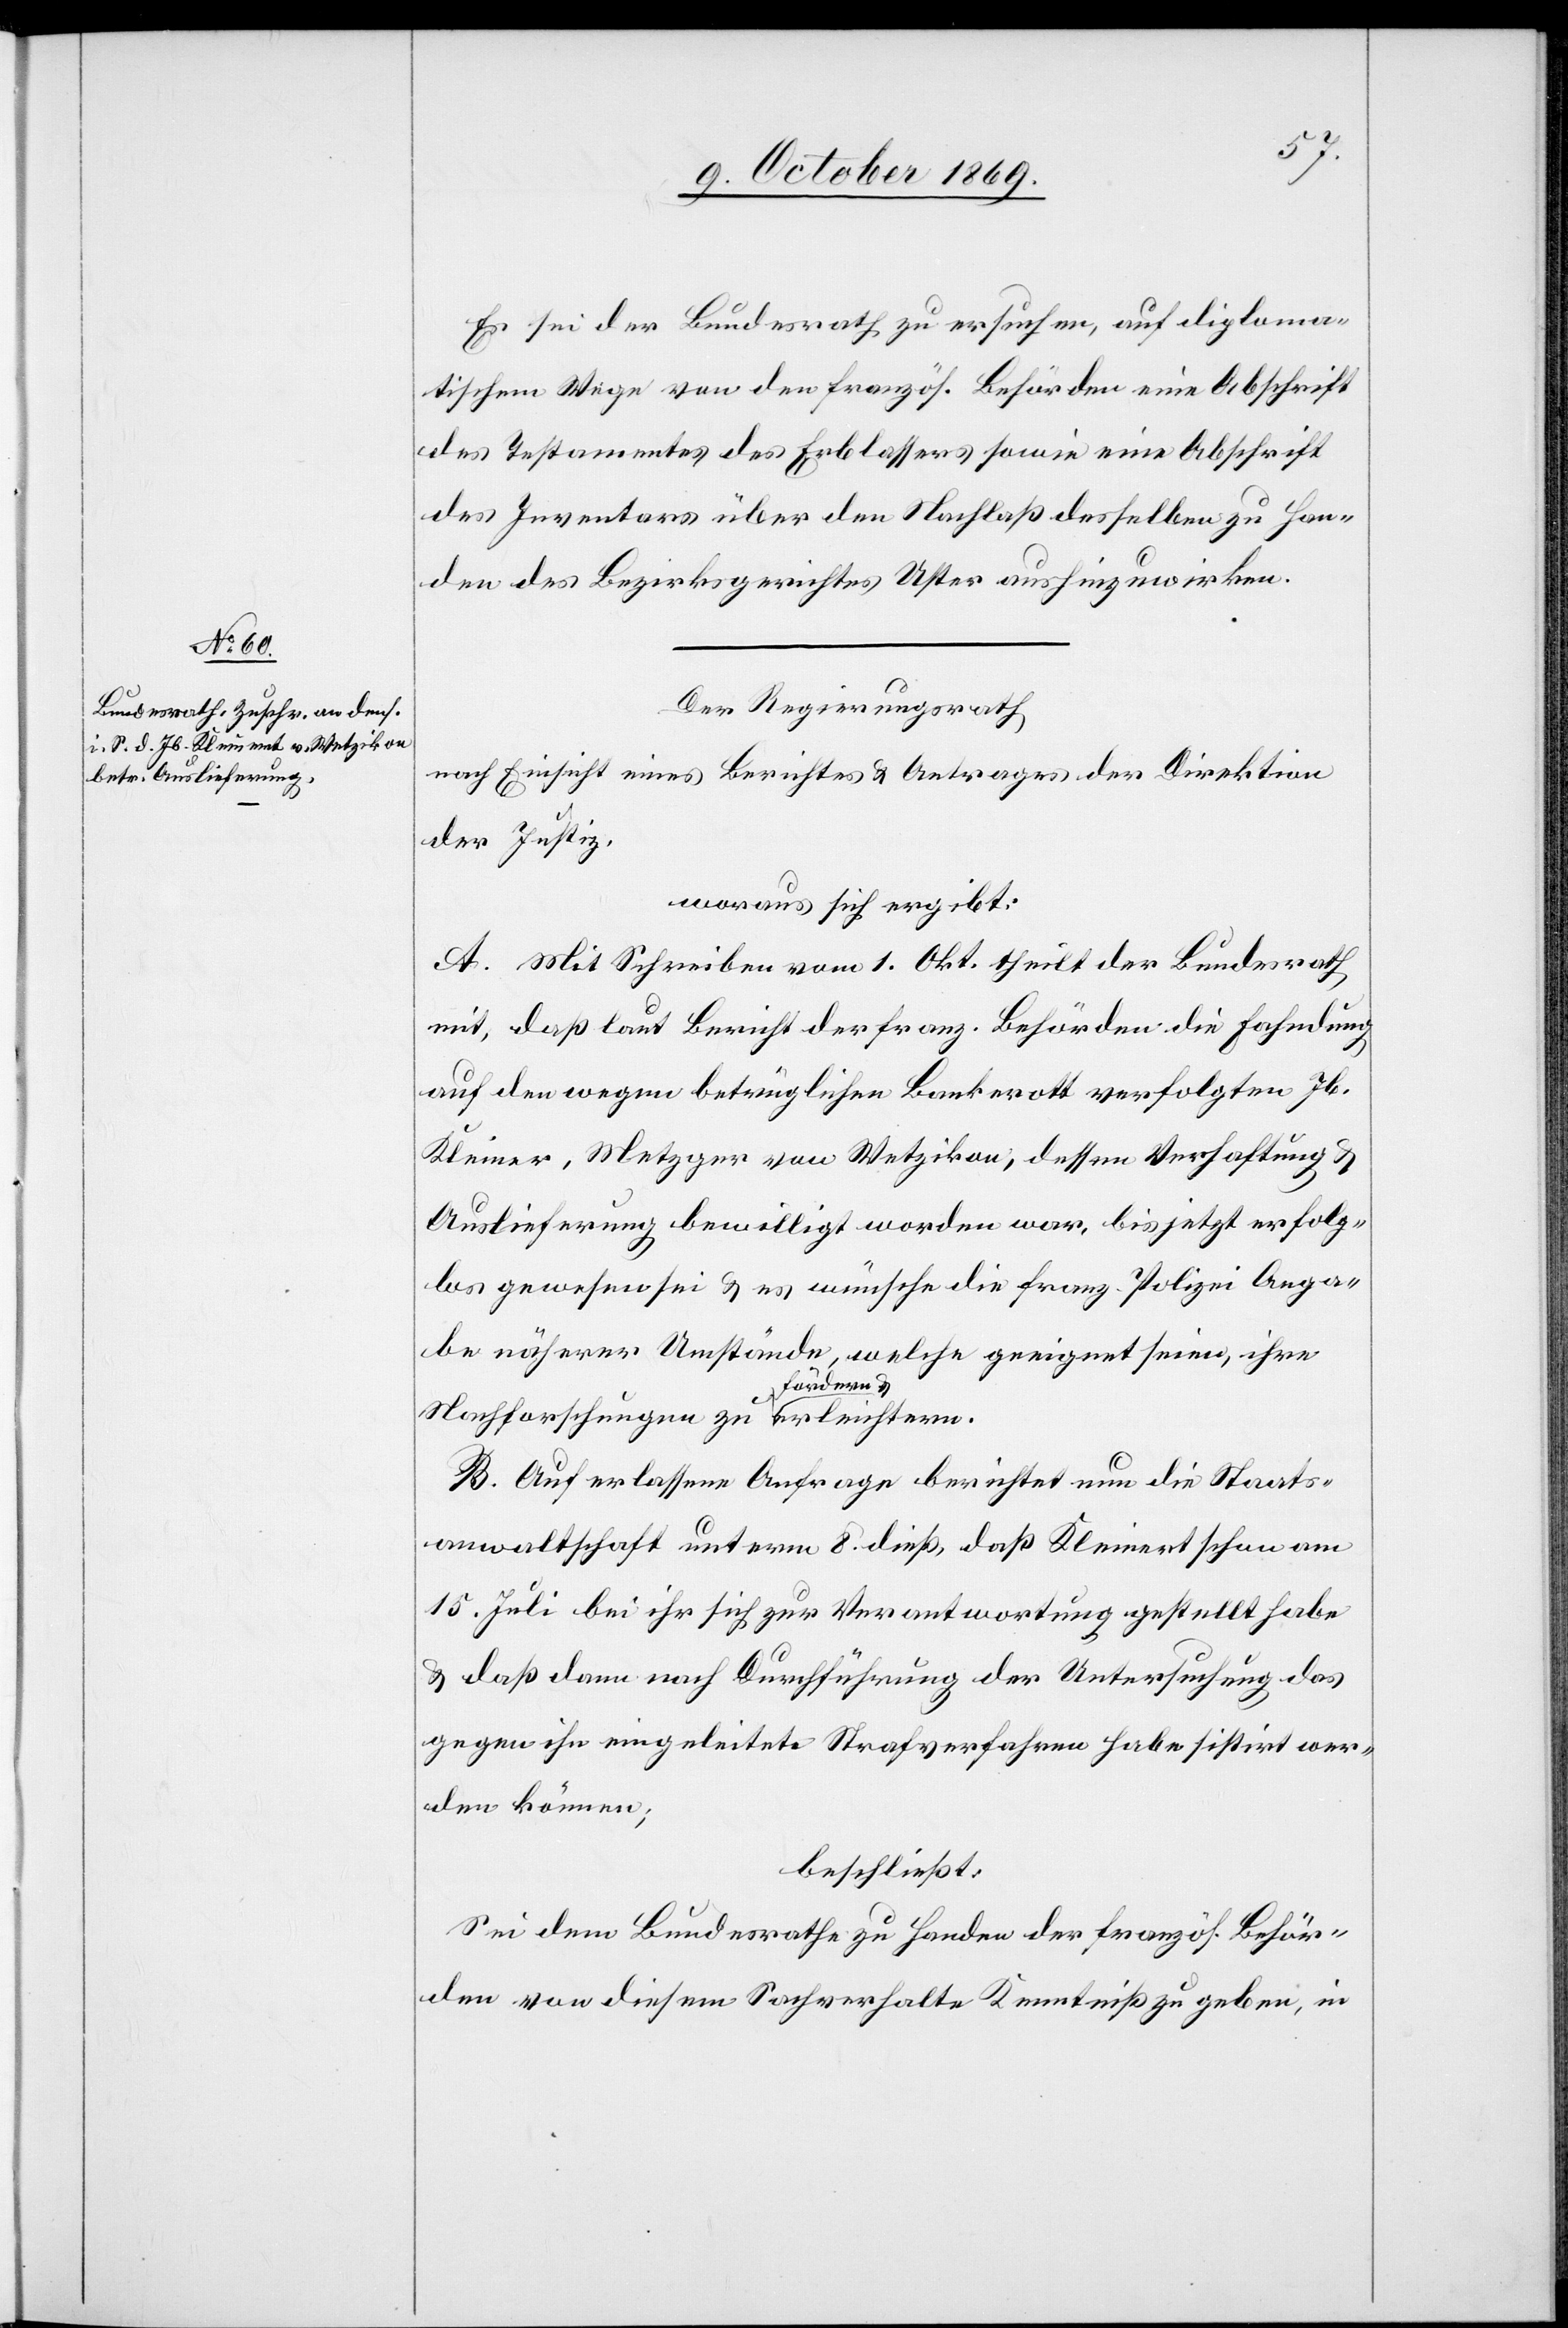
Es sei der Bundesrath zu ersuchen, auf diploma¬
tischem Wege von den französ. Behörden eine Abschrift
des Testamentes des Erblassers sowie eine Abschrift
des Inventars über den Nachlaß desselben zu Han¬
den des Bezirksgerichtes Uster aushinzuwirken.
Der Regierungsrath
nach Einsicht eines Berichtes & Antrages der Direktion
der Justiz,
woraus sich ergibt:
A. Mit Schreiben vom 1. Okt. theilt der Bundesrath
mit, daß laut Bericht der franz. Behörden die Fahndung
auf den wegen betrüglichen Bankerott verfolgten Jb.
Kleiner [sic!], Metzger von Wetzikon, dessen Verhaftung &
Auslieferung bewilligt worden war, bis jetzt erfolg¬
los gewesen sei & es wünsche die franz. Polizei Anga¬
be näherer Umstände, welche geeignet seien, ihre
fördern &
B. Auf erlassene Anfrage berichtet nun die Staats¬
anwaltschaft unterm 8. dieß, daß Kleinert schon am
15. Juli bei ihr sich zur Verantwortung gestellt habe
& daß dann nach Durchführung der Untersuchung das
gegen ihn eingeleitete Strafverfahren habe sistirt wer¬
den können;
beschließt:
Sei dem Bundesrathe zu Handen der französ. Behör¬
den von diesem Sachverhalte Kenntniß zu geben, in